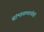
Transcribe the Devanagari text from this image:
सांभाळण्याचीही